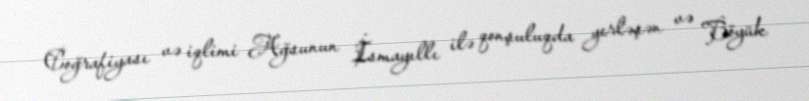
Coğrafiyası və iqlimi Ağsunun İsmayıllı ilə qonşuluqda yerləşən və Böyük